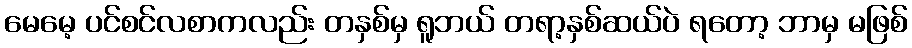
မေမေ့ ပင်စင်လစာကလည်း တနှစ်မှ ရူဘယ် တရာ့နှစ်ဆယ်ပဲ ရတော့ ဘာမှ မဖြစ်